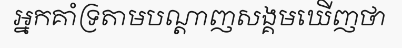
អ្នកគាំទ្រតាមបណ្តាញសង្គមឃើញថា